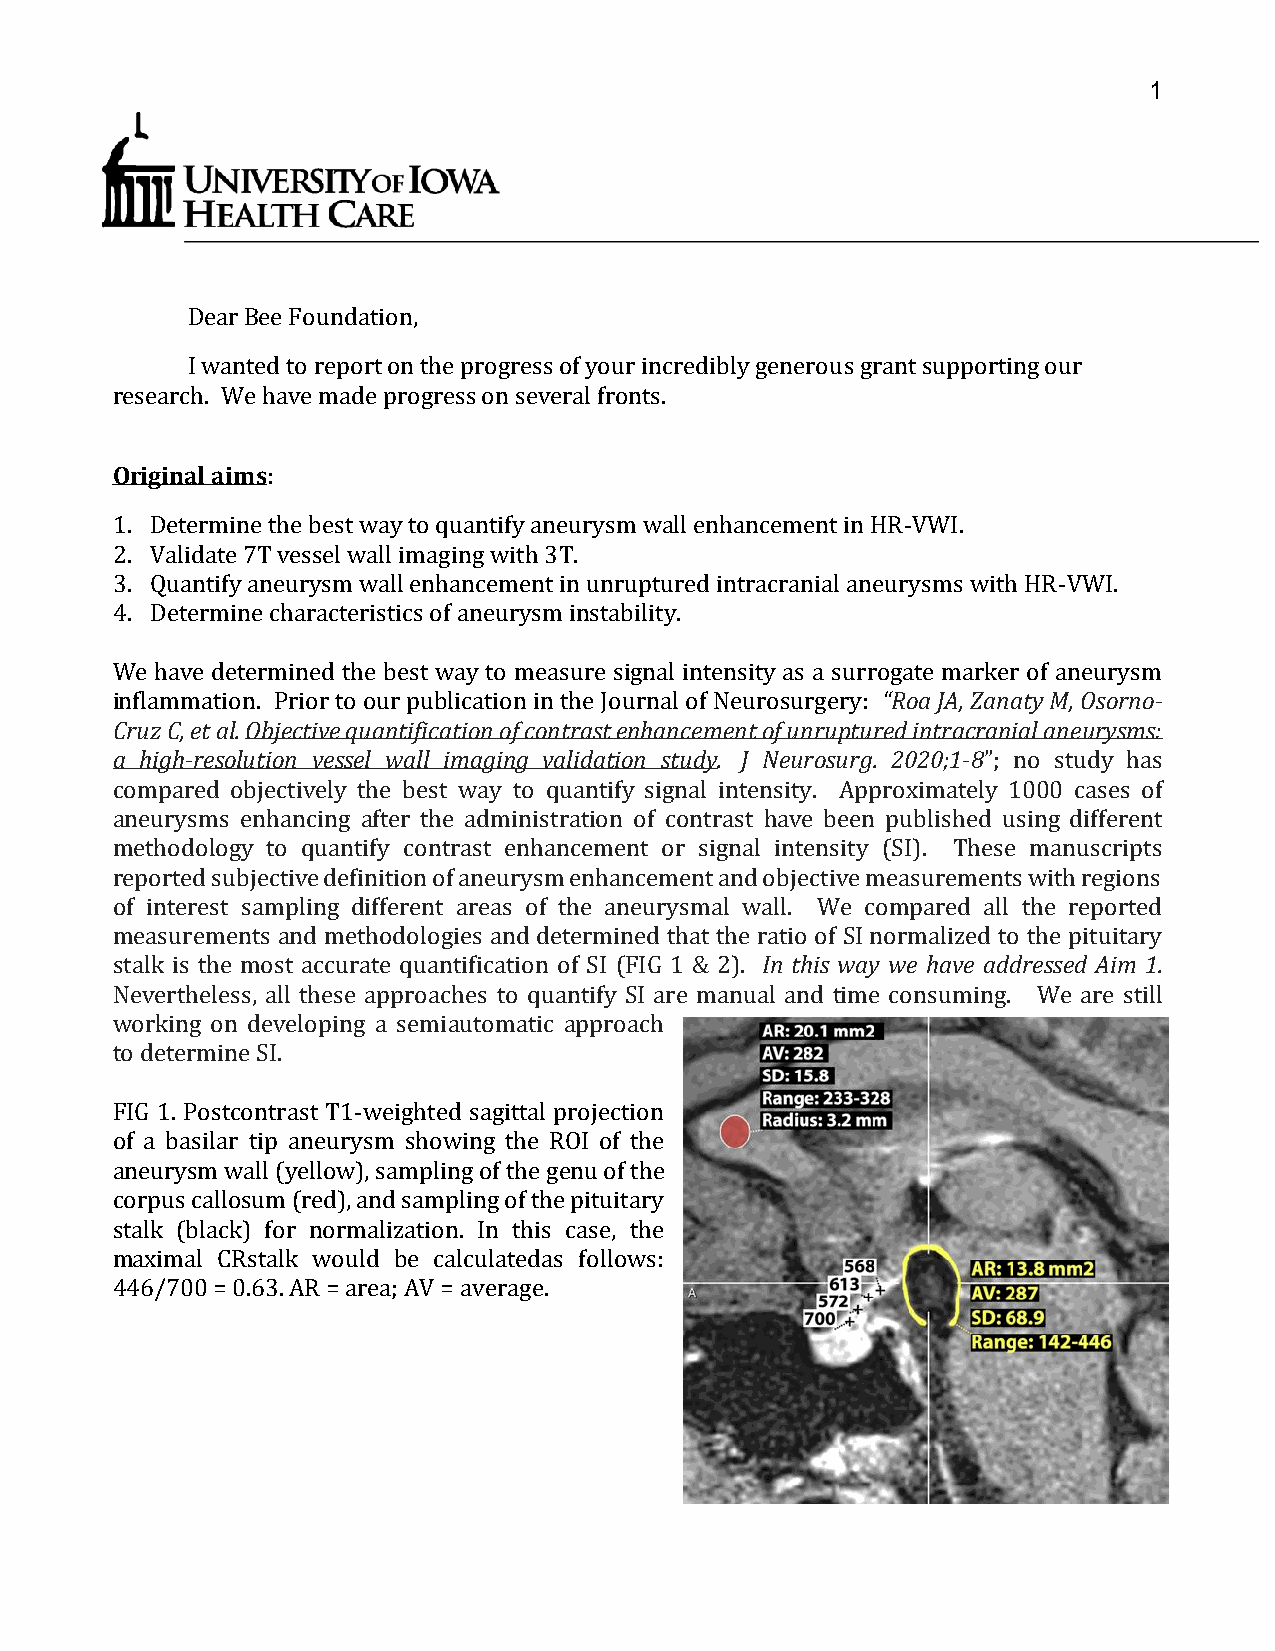
1
 Dear Bee Foundation,
 I wanted to report on the progress of your incredibly generous grant supporting our
 research. We have made progress on several fronts.
 Original aims:
 1. Determine the best way to quantify aneurysm wall enhancement in HR-VWI.
 2. Validate 7T vessel wall imaging with 3T.
 3. Quantify aneurysm wall enhancement in unruptured intracranial aneurysms with HR-VWI.
 4. Determine characteristics of aneurysm instability.
 We have determined the best way to measure signal intensity as a surrogate marker of aneurysm
 inflammation. Prior to our publication in the Journal of Neurosurgery: “Roa JA, Zanaty M, Osorno-
 Cruz C, et al. Objective quantification of contrast enhancement of unruptured intracranial aneurysms:
 a high-resolution vessel wall imaging validation study. J Neurosurg. 2020;1‐8”; no study has
 compared objectively the best way to quantify signal intensity. Approximately 1000 cases of
 aneurysms enhancing after the administration of contrast have been published using different
 methodology to quantify contrast enhancement or signal intensity (SI). These manuscripts
 reported subjective definition of aneurysm enhancement and objective measurements with regions
 of interest sampling different areas of the aneurysmal wall. We compared all the reported
 measurements and methodologies and determined that the ratio of SI normalized to the pituitary
 stalk is the most accurate quantification of SI (FIG 1 & 2). In this way we have addressed Aim 1.
 Nevertheless, all these approaches to quantify SI are manual and time consuming. We are still
 working on developing a semiautomatic approach
 to determine SI.
 FIG 1. Postcontrast T1-weighted sagittal projection
 of a basilar tip aneurysm showing the ROI of the
 aneurysm wall (yellow), sampling of the genu of the
 corpus callosum (red), and sampling of the pituitary
 stalk (black) for normalization. In this case, the
 maximal CRstalk would be calculatedas follows:
 446/700 = 0.63. AR = area; AV = average.